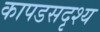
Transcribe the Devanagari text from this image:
कापडसदृश्य